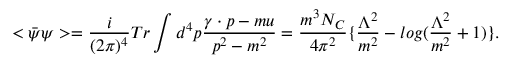
< \bar { \psi } \psi > = { \frac { i } { ( 2 \pi ) ^ { 4 } } } T r \int d ^ { 4 } p \frac { \gamma \cdot p - m u } { p ^ { 2 } - m ^ { 2 } } = \frac { m ^ { 3 } N _ { C } } { 4 \pi ^ { 2 } } \{ { \frac { \Lambda ^ { 2 } } { m ^ { 2 } } } - l o g ( { \frac { \Lambda ^ { 2 } } { m ^ { 2 } } } + 1 ) \} .